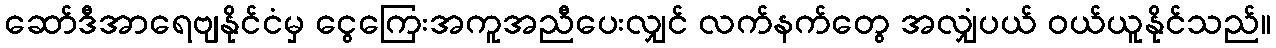
ဆော်ဒီအာရေဗျနိုင်ငံမှ ငွေကြေးအကူအညီပေးလျှင် လက်နက်တွေ အလျှံပယ် ဝယ်ယူနိုင်သည်။